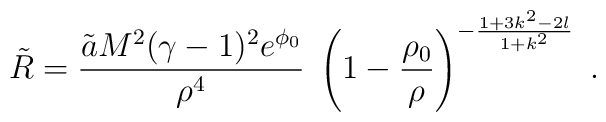
\tilde{R} = \frac{\tilde{a} M^2 (\gamma - 1)^2 e^{\phi_0}}{\rho^4} \;\left(1 - \frac{\rho_0}{\rho}\right)^{- \frac{1 + 3 k^2 - 2 l}{1 + k^2}}\; .